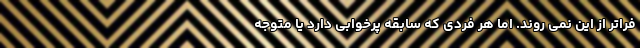
فراتر از این نمی روند. اما هر فردی که سابقه پرخوابی دارد یا متوجه